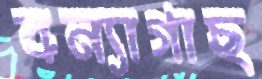
বন্যাগাছ